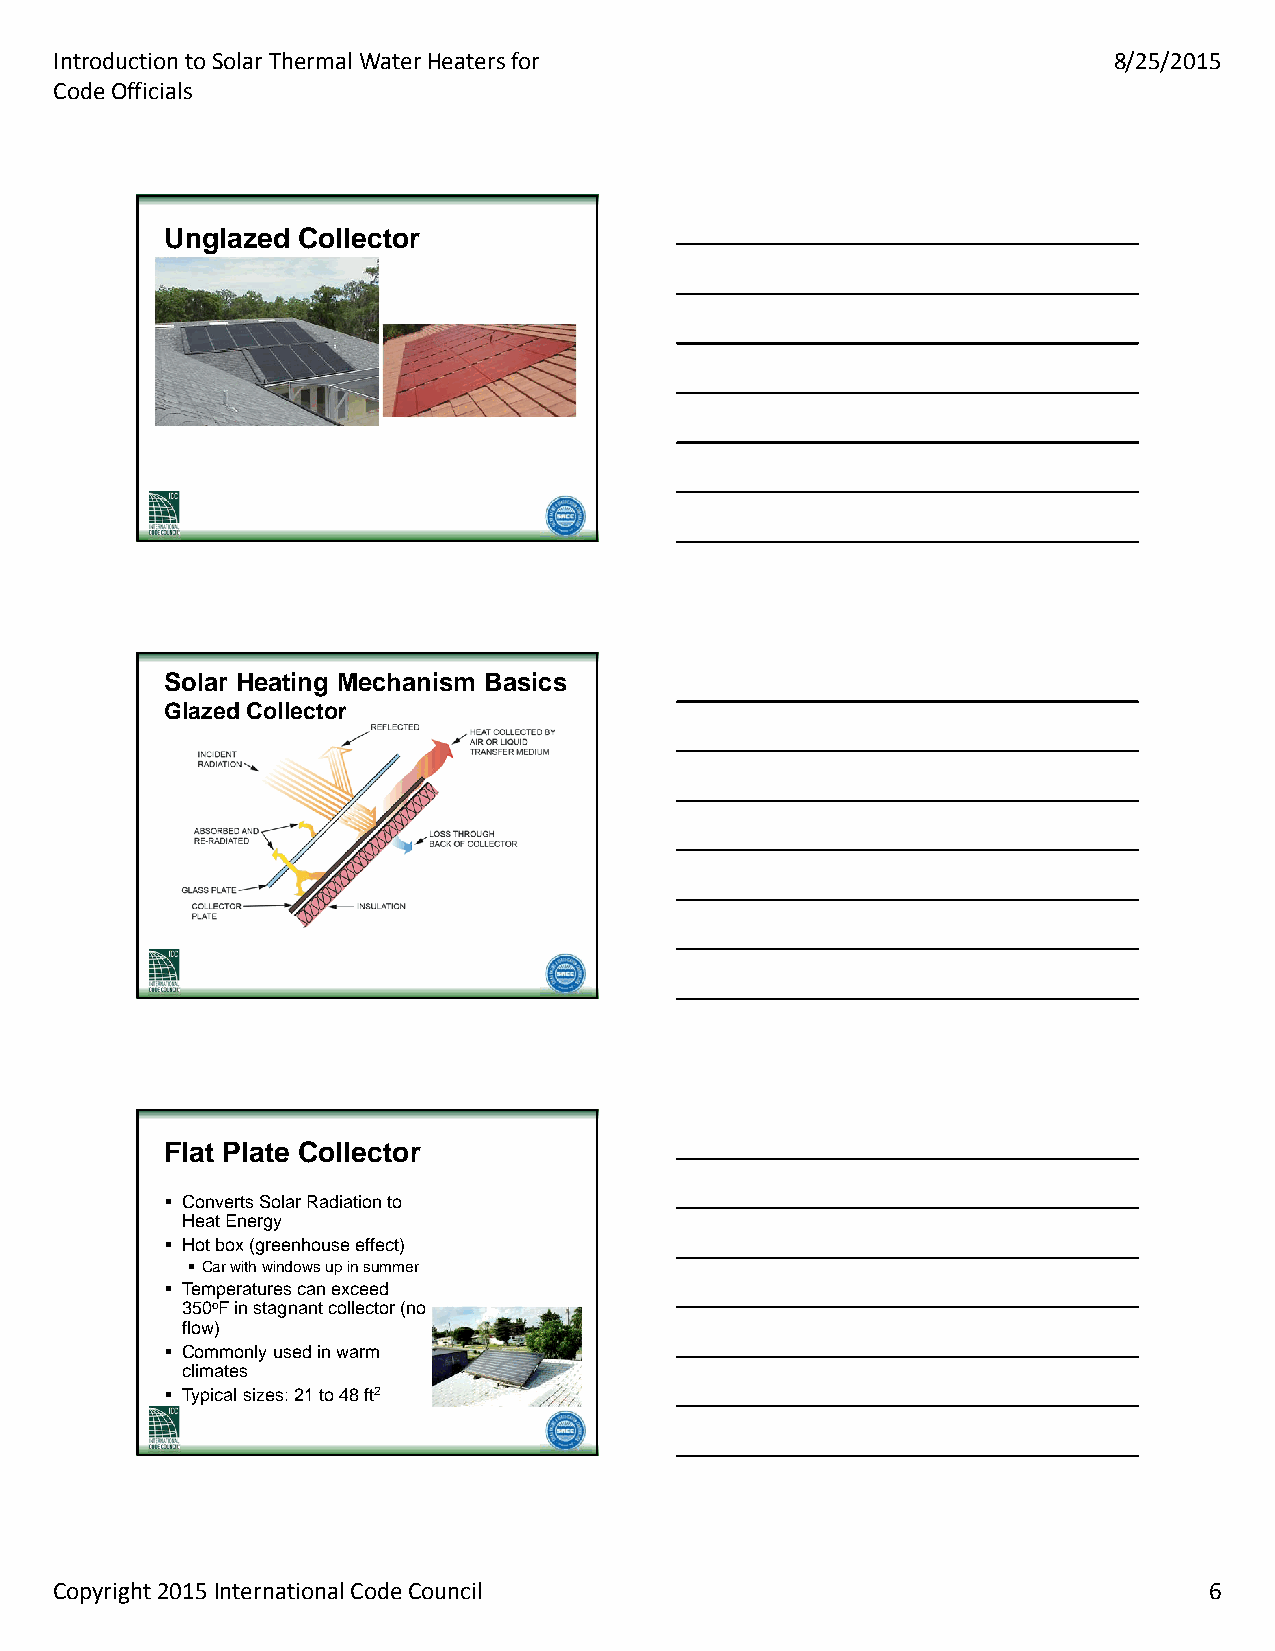
Introduction to Solar Thermal Water Heaters for                       8/25/2015
 Code Officials
 UUnnggllaazzeedd CCoolllleeccttoorr
 SSoollaarr HHeeaattiinngg MMeecchhaanniissmm BBaassiiccss
 GGllaazzeedd CCoolllleeccttoorr
 FFllaatt PPllaattee CCoolllleeccttoorr
  Converts Solar Radiation to
 Heat Energy
  Hot box (greenhouse effect)
  Car with windows up in summer
  Temperatures can exceed
 350oF in stagnant collector (no
 flow)
  Commonly used in warm
 climates
  Typical sizes: 21 to 48 ft2
 Copyright 2015 International Code Council                                   6